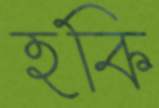
হকি